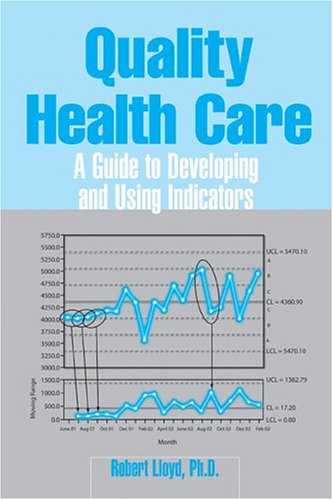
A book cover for Quality Health Care: A Guide To Developing And Using Indicators; Robert Lloyd; Medical Books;